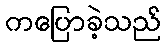
ကပြောခဲ့သည်